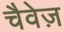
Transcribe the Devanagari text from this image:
चैवेज़